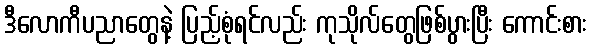
ဒီလောကီပညာတွေနဲ့ ပြည့်စုံရင်လည်း ကုသိုလ်တွေဖြစ်ပွားပြီး ကောင်းစား